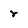
Character: r